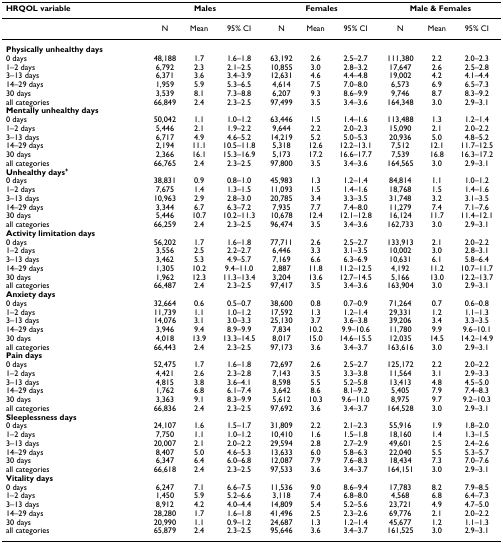
<table><thead><tr><td><b>HRQOL variable</b></td><td colspan="3"><b>Males</b></td><td colspan="3"><b>Females</b></td><td colspan="3"><b>Male &amp; Females</b></td></tr></thead><tbody><tr><td></td><td>N</td><td>Mean</td><td>95% CI</td><td>N</td><td>Mean</td><td>95% CI</td><td>N</td><td>Mean</td><td>95% CI</td></tr><tr><td><b>Physically unhealthy days</b></td><td></td><td></td><td></td><td></td><td></td><td></td><td></td><td></td><td></td></tr><tr><td>0 days</td><td>48,188</td><td>1.7</td><td>1.6–1.8</td><td>63,192</td><td>2.6</td><td>2.5–2.7</td><td>111,380</td><td>2.2</td><td>2.0–2.3</td></tr><tr><td>1–2 days</td><td>6,792</td><td>2.3</td><td>2.1–2.5</td><td>10,855</td><td>3.0</td><td>2.8–3.2</td><td>17,647</td><td>2.6</td><td>2.5–2.8</td></tr><tr><td>3–13 days</td><td>6,371</td><td>3.6</td><td>3.4–3.9</td><td>12,631</td><td>4.6</td><td>4.4–4.8</td><td>19,002</td><td>4.2</td><td>4.1–4.4</td></tr><tr><td>14–29 days</td><td>1,959</td><td>5.9</td><td>5.3–6.5</td><td>4,614</td><td>7.5</td><td>7.0–8.0</td><td>6,573</td><td>6.9</td><td>6.5–7.3</td></tr><tr><td>30 days</td><td>3,539</td><td>8.1</td><td>7.3–8.8</td><td>6,207</td><td>9.3</td><td>8.6–9.9</td><td>9,746</td><td>8.7</td><td>8.3–9.2</td></tr><tr><td>all categories</td><td>66,849</td><td>2.4</td><td>2.3–2.5</td><td>97,499</td><td>3.5</td><td>3.4–3.6</td><td>164,348</td><td>3.0</td><td>2.9–3.1</td></tr><tr><td><b>Mentally unhealthy days</b></td><td></td><td></td><td></td><td></td><td></td><td></td><td></td><td></td><td></td></tr><tr><td>0 days</td><td>50,042</td><td>1.1</td><td>1.0–1.2</td><td>63,446</td><td>1.5</td><td>1.4–1.6</td><td>113,488</td><td>1.3</td><td>1.2–1.4</td></tr><tr><td>1–2 days</td><td>5,446</td><td>2.1</td><td>1.9–2.2</td><td>9,644</td><td>2.2</td><td>2.0–2.3</td><td>15,090</td><td>2.1</td><td>2.0–2.2</td></tr><tr><td>3–13 days</td><td>6,717</td><td>4.9</td><td>4.6–5.2</td><td>14,219</td><td>5.2</td><td>5.0–5.3</td><td>20,936</td><td>5.0</td><td>4.8–5.2</td></tr><tr><td>14–29 days</td><td>2,194</td><td>11.1</td><td>10.5–11.8</td><td>5,318</td><td>12.6</td><td>12.2–13.1</td><td>7,512</td><td>12.1</td><td>11.7–12.5</td></tr><tr><td>30 days</td><td>2,366</td><td>16.1</td><td>15.3–16.9</td><td>5,173</td><td>17.2</td><td>16.6–17.7</td><td>7,539</td><td>16.8</td><td>16.3–17.2</td></tr><tr><td>all categories</td><td>66,765</td><td>2.4</td><td>2.3–2.5</td><td>97,800</td><td>3.5</td><td>3.4–3.6</td><td>164,565</td><td>3.0</td><td>2.9–3.1</td></tr><tr><td><b>Unhealthy days<sup>+</sup></b></td><td></td><td></td><td></td><td></td><td></td><td></td><td></td><td></td><td></td></tr><tr><td>0 days</td><td>38,831</td><td>0.9</td><td>0.8–1.0</td><td>45,983</td><td>1.3</td><td>1.2–1.4</td><td>84,814</td><td>1.1</td><td>1.0–1.2</td></tr><tr><td>1–2 days</td><td>7,675</td><td>1.4</td><td>1.3–1.5</td><td>11,093</td><td>1.5</td><td>1.4–1.6</td><td>18,768</td><td>1.5</td><td>1.4–1.6</td></tr><tr><td>3–13 days</td><td>10,963</td><td>2.9</td><td>2.8–3.0</td><td>20,785</td><td>3.4</td><td>3.3–3.5</td><td>31,748</td><td>3.2</td><td>3.1–3.5</td></tr><tr><td>14–29 days</td><td>3,344</td><td>6.7</td><td>6.3–7.2</td><td>7,935</td><td>7.7</td><td>7.4–8.0</td><td>11,279</td><td>7.4</td><td>7.1–7.6</td></tr><tr><td>30 days</td><td>5,446</td><td>10.7</td><td>10.2–11.3</td><td>10,678</td><td>12.4</td><td>12.1–12.8</td><td>16,124</td><td>11.7</td><td>11.4–12.1</td></tr><tr><td>all categories</td><td>66,259</td><td>2.4</td><td>2.3–2.5</td><td>96,474</td><td>3.5</td><td>3.4–3.6</td><td>162,733</td><td>3.0</td><td>2.9–3.1</td></tr><tr><td><b>Activity limitation days</b></td><td></td><td></td><td></td><td></td><td></td><td></td><td></td><td></td><td></td></tr><tr><td>0 days</td><td>56,202</td><td>1.7</td><td>1.6–1.8</td><td>77,711</td><td>2.6</td><td>2.5–2.7</td><td>133,913</td><td>2.1</td><td>2.0–2.2</td></tr><tr><td>1–2 days</td><td>3,556</td><td>2.5</td><td>2.2–2.7</td><td>6,446</td><td>3.3</td><td>3.1–3.5</td><td>10,002</td><td>3.0</td><td>2.8–3.1</td></tr><tr><td>3–13 days</td><td>3,462</td><td>5.3</td><td>4.9–5.7</td><td>7,169</td><td>6.6</td><td>6.3–6.9</td><td>10,631</td><td>6.1</td><td>5.8–6.4</td></tr><tr><td>14–29 days</td><td>1,305</td><td>10.2</td><td>9.4–11.0</td><td>2,887</td><td>11.8</td><td>11.2–12.5</td><td>4,192</td><td>11.2</td><td>10.7–11.7</td></tr><tr><td>30 days</td><td>1,962</td><td>12.3</td><td>11.3–13.4</td><td>3,204</td><td>13.6</td><td>12.7–14.5</td><td>5,166</td><td>13.0</td><td>12.2–13.7</td></tr><tr><td>all categories</td><td>66,487</td><td>2.4</td><td>2.3–2.5</td><td>97,417</td><td>3.5</td><td>3.4–3.6</td><td>163,904</td><td>3.0</td><td>2.9–3.1</td></tr><tr><td><b>Anxiety days</b></td><td></td><td></td><td></td><td></td><td></td><td></td><td></td><td></td><td></td></tr><tr><td>0 days</td><td>32,664</td><td>0.6</td><td>0.5–0.7</td><td>38,600</td><td>0.8</td><td>0.7–0.9</td><td>71,264</td><td>0.7</td><td>0.6–0.8</td></tr><tr><td>1–2 days</td><td>11,739</td><td>1.1</td><td>1.0–1.2</td><td>17,592</td><td>1.3</td><td>1.2–1.4</td><td>29,331</td><td>1.2</td><td>1.1–1.3</td></tr><tr><td>3–13 days</td><td>14,076</td><td>3.1</td><td>3.0–3.3</td><td>25,130</td><td>3.7</td><td>3.6–3.8</td><td>39,206</td><td>3.4</td><td>3.3–3.5</td></tr><tr><td>14–29 days</td><td>3,946</td><td>9.4</td><td>8.9–9.9</td><td>7,834</td><td>10.2</td><td>9.9–10.6</td><td>11,780</td><td>9.9</td><td>9.6–10.1</td></tr><tr><td>30 days</td><td>4,018</td><td>13.9</td><td>13.3–14.5</td><td>8,017</td><td>15.0</td><td>14.6–15.5</td><td>12,035</td><td>14.5</td><td>14.2–14.9</td></tr><tr><td>all categories</td><td>66,443</td><td>2.4</td><td>2.3–2.5</td><td>97,173</td><td>3.6</td><td>3.4–3.7</td><td>163,616</td><td>3.0</td><td>2.9–3.1</td></tr><tr><td><b>Pain days</b></td><td></td><td></td><td></td><td></td><td></td><td></td><td></td><td></td><td></td></tr><tr><td>0 days</td><td>52,475</td><td>1.7</td><td>1.6–1.8</td><td>72,697</td><td>2.6</td><td>2.5–2.7</td><td>125,172</td><td>2.2</td><td>2.0–2.2</td></tr><tr><td>1–2 days</td><td>4,421</td><td>2.6</td><td>2.3–2.8</td><td>7,143</td><td>3.5</td><td>3.3–3.8</td><td>11,564</td><td>3.1</td><td>2.9–3.3</td></tr><tr><td>3–13 days</td><td>4,815</td><td>3.8</td><td>3.6–4.1</td><td>8,598</td><td>5.5</td><td>5.2–5.8</td><td>13,413</td><td>4.8</td><td>4.5–5.0</td></tr><tr><td>14–29 days</td><td>1,762</td><td>6.8</td><td>6.1–7.4</td><td>3,642</td><td>8.6</td><td>8.1–9.2</td><td>5,405</td><td>7.9</td><td>7.4–8.3</td></tr><tr><td>30 days</td><td>3,363</td><td>9.1</td><td>8.3–9.9</td><td>5,612</td><td>10.3</td><td>9.6–11.0</td><td>8,975</td><td>9.7</td><td>9.2–10.3</td></tr><tr><td>all categories</td><td>66,836</td><td>2.4</td><td>2.3–2.5</td><td>97,692</td><td>3.6</td><td>3.4–3.7</td><td>164,528</td><td>3.0</td><td>2.9–3.1</td></tr><tr><td><b>Sleeplessness days</b></td><td></td><td></td><td></td><td></td><td></td><td></td><td></td><td></td><td></td></tr><tr><td>0 days</td><td>24,107</td><td>1.6</td><td>1.5–1.7</td><td>31,809</td><td>2.2</td><td>2.1–2.3</td><td>55,916</td><td>1.9</td><td>1.8–2.0</td></tr><tr><td>1–2 days</td><td>7,750</td><td>1.1</td><td>1.0–1.2</td><td>10,410</td><td>1.6</td><td>1.5–1.8</td><td>18,160</td><td>1.4</td><td>1.3–1.5</td></tr><tr><td>3–13 days</td><td>20,007</td><td>2.1</td><td>2.0–2.2</td><td>29,594</td><td>2.8</td><td>2.7–2.9</td><td>49,601</td><td>2.5</td><td>2.4–2.6</td></tr><tr><td>14–29 days</td><td>8,407</td><td>5.0</td><td>4.6–5.3</td><td>13,633</td><td>6.0</td><td>5.8–6.3</td><td>22,040</td><td>5.5</td><td>5.3–5.7</td></tr><tr><td>30 days</td><td>6,347</td><td>6.4</td><td>6.0–6.8</td><td>12,087</td><td>7.9</td><td>7.6–8.3</td><td>18,434</td><td>7.3</td><td>7.0–7.6</td></tr><tr><td>all categories</td><td>66,618</td><td>2.4</td><td>2.3–2.5</td><td>97,533</td><td>3.6</td><td>3.4–3.7</td><td>164,151</td><td>3.0</td><td>2.9–3.1</td></tr><tr><td><b>Vitality days</b></td><td></td><td></td><td></td><td></td><td></td><td></td><td></td><td></td><td></td></tr><tr><td>0 days</td><td>6,247</td><td>7.1</td><td>6.6–7.5</td><td>11,536</td><td>9.0</td><td>8.6–9.4</td><td>17,783</td><td>8.2</td><td>7.9–8.5</td></tr><tr><td>1–2 days</td><td>1,450</td><td>5.9</td><td>5.2–6.6</td><td>3,118</td><td>7.4</td><td>6.8–8.0</td><td>4,568</td><td>6.8</td><td>6.4–7.3</td></tr><tr><td>3–13 days</td><td>8,912</td><td>4.2</td><td>4.0–4.4</td><td>14,809</td><td>5.4</td><td>5.2–5.6</td><td>23,721</td><td>4.9</td><td>4.7–5.0</td></tr><tr><td>14–29 days</td><td>28,280</td><td>1.7</td><td>1.6–1.8</td><td>41,496</td><td>2.5</td><td>2.3–2.6</td><td>69,776</td><td>2.1</td><td>2.0–2.2</td></tr><tr><td>30 days</td><td>20,990</td><td>1.1</td><td>0.9–1.2</td><td>24,687</td><td>1.3</td><td>1.2–1.4</td><td>45,677</td><td>1.2</td><td>1.1–1.3</td></tr><tr><td>all categories</td><td>65,879</td><td>2.4</td><td>2.3–2.5</td><td>95,646</td><td>3.6</td><td>3.4–3.7</td><td>161,525</td><td>3.0</td><td>2.9–3.1</td></tr></tbody></table>